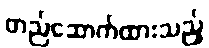
တည်ဆောက်ထားသည့်